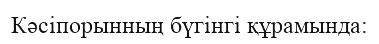
Кәсіпорынның бүгінгі құрамында: